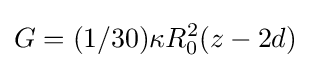
G=(1/30)\kappa R_{0}^{2}(z-2d)